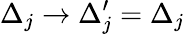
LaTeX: \Delta_{j}\rightarrow\Delta_{j}^{\prime}=\Delta_{j}